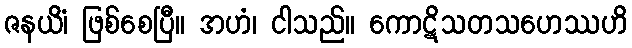
ဇနယိံ၊ ဖြစ်စေပြီ။ အဟံ၊ ငါသည်။ ကောဋိသတသဟေဿဟိ